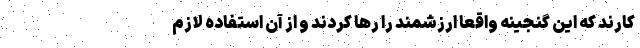
کارند که این گنجینه واقعا ارزشمند را رها کردند و از آن استفاده لازم